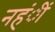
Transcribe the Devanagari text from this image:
नहंीं